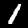
Label: 1